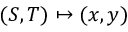
( S , T ) \mapsto ( x , y )